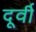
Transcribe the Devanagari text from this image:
दूर्वी